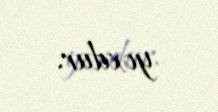
yoxdur.